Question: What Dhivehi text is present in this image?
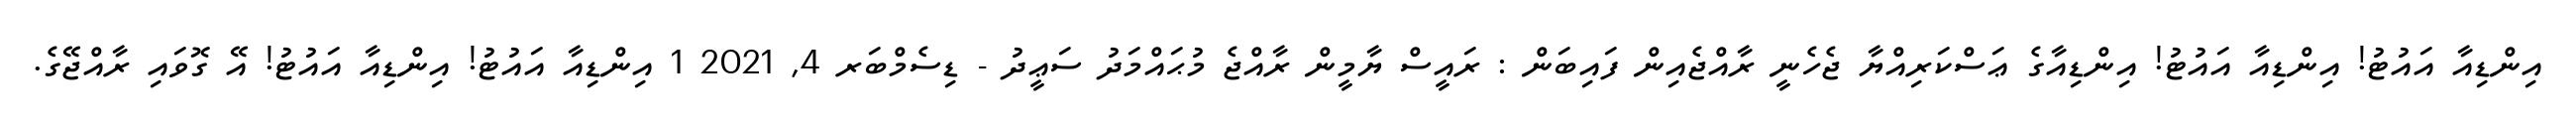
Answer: އިންޑިއާ އައުޓު! އިންޑިއާ އައުޓު! އިންޑިއާގެ ޢަސްކަރިއްޔާ ޖެހެނީ ރާއްޖެއިން ފައިބަން : ރައީސް ޔާމީން ރާއްޖެ މުޙައްމަދު ސަޢީދު - ޑިސެމްބަރ 4, 2021 1 އިންޑިއާ އައުޓު! އިންޑިއާ އައުޓު! އޭ ގޮވައި ރާއްޖޭގެ.